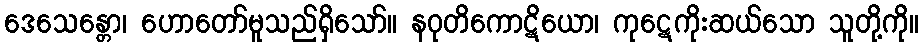
ဒေသေန္တော၊ ဟောတော်မူသည်ရှိသော်။ နဝုတိကောဋိယော၊ ကုဋေကိုးဆယ်သော သူတို့ကို။